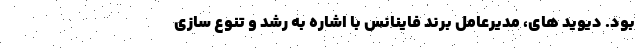
بود. دیوید های، مدیرعامل برند فاینانس با اشاره به رشد و تنوع سازی